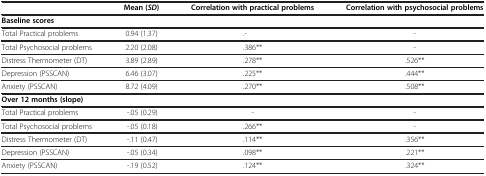
<table><thead><tr><td><b> </b></td><td><b>Mean (<i>SD</i>)</b></td><td><b>Correlation with practical problems</b></td><td><b>Correlation with psychosocial problems</b></td></tr></thead><tbody><tr><td><b>Baseline scores</b></td><td> </td><td> </td><td> </td></tr><tr><td>Total Practical problems</td><td>0.94 (1.37)</td><td>.-</td><td>-</td></tr><tr><td>Total Psychosocial problems</td><td>2.20 (2.08)</td><td>.386**</td><td>-</td></tr><tr><td>Distress Thermometer (DT)</td><td>3.89 (2.89)</td><td>.278**</td><td>.526**</td></tr><tr><td>Depression (PSSCAN)</td><td>6.46 (3.07)</td><td>.225**</td><td>.444**</td></tr><tr><td>Anxiety (PSSCAN)</td><td>8.72 (4.09)</td><td>.270**</td><td>.508**</td></tr><tr><td><b>Over 12 months (slope)</b></td><td> </td><td> </td><td> </td></tr><tr><td>Total Practical problems</td><td>-.05 (0.29)</td><td>-</td><td>-</td></tr><tr><td>Total Psychosocial problems</td><td>-.05 (0.18)</td><td>.266**</td><td>-</td></tr><tr><td>Distress Thermometer (DT)</td><td>-.11 (0.47)</td><td>.114**</td><td>.356**</td></tr><tr><td>Depression (PSSCAN)</td><td>-.05 (0.34)</td><td>.098**</td><td>.221**</td></tr><tr><td>Anxiety (PSSCAN)</td><td>-.19 (0.52)</td><td>.124**</td><td>.324**</td></tr></tbody></table>